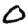
Digit: 0